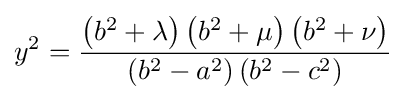
y^{2}={\frac {\left(b^{2}+\lambda \right)\left(b^{2}+\mu \right)\left(b^{2}+\nu \right)}{\left(b^{2}-a^{2}\right)\left(b^{2}-c^{2}\right)}}